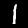
Digit: 1